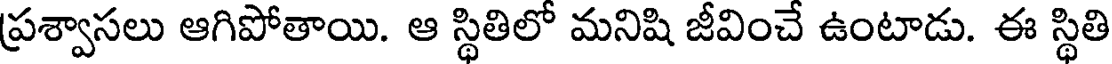
ప్రశ్వాసలు ఆగిపోతాయి. ఆ స్థితిలో మనిషి జీవించే ఉంటాడు. ఈ స్థితి